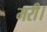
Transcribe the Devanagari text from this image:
मरी।